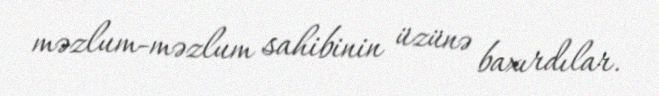
məzlum-məzlum sahibinin üzünə baxırdılar.